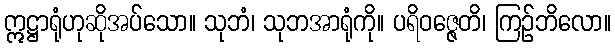
ဣဋ္ဌာရုံဟုဆိုအပ်သော။ သုဘံ၊ သုဘအာရုံကို။ ပရိဝဇ္ဇေတိ၊ ကြဉ်ဘိလော။